Lunatic asylums Punjab 1881-1894 - 1881-1894
Year: 1881
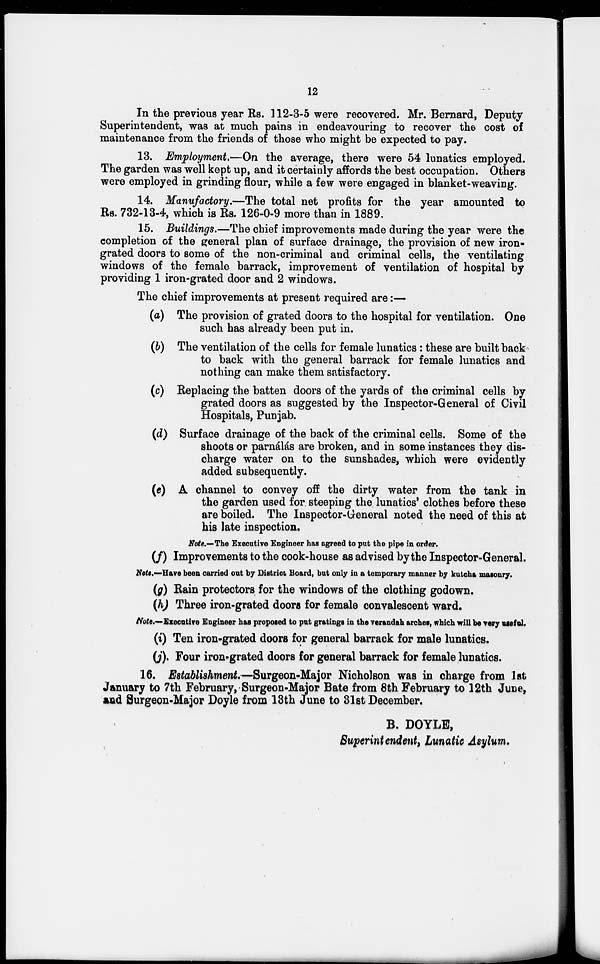
12
In the previous year Rs. 112-3-5 were recovered. Mr. Bernard, Deputy
Superintendent, was at much pains in endeavouring to recover the cost of
maintenance from the friends of those who might be expected to pay.
13. Employment.—On the average, there were 54 lunatics employed.
The garden was well kept up, and it certainly affords the best occupation. Others
were employed in grinding flour, while a few were engaged in blanket-weaving.
14. Manufactory.—The total net profits for the year amounted to
Rs. 732-13-4, which is Rs. 126-0-9 more than in 1889.
15. Buildings.—The chief improvements made during the year were the
completion of the general plan of surface drainage, the provision of new iron-
grated doors to some of the non-criminal and criminal cells, the ventilating
windows of the female barrack, improvement of ventilation of hospital by
providing 1 iron-grated door and 2 windows.
The chief improvements at present required are :—
(a) The provision of grated doors to the hospital for ventilation. One
such has already been put in.
(b) The ventilation of the cells for female lunatics: these are built back
to back with the general barrack for female lunatics and
nothing can make them satisfactory.
(c) Replacing the batten doors of the yards of the criminal cells by
grated doors as suggested by the Inspector-General of Civil
Hospitals, Punjab.
(d) Surface drainage of the back of the criminal cells. Some of the
shoots or parnálás are broken, and in some instances they dis-
charge water on to the sunshades, which were evidently
added subsequently.
(e) A channel to convey off the dirty water from the tank in
the garden used for steeping the lunatics' clothes before these
are boiled. The Inspector-General noted the need of this at
his late inspection.
Note.—The Executive Engineer has agreed to put the pipe in order.
(f) Improvements to the cook-house as advised by the Inspector-General.
Note.—Have been carried out by District Board, but only in a temporary manner by kutcha masonry.
(g) Rain protectors for the windows of the clothing godown.
(h) Three iron-grated doors for female convalescent ward.
Note.—Executive Engineer has proposed to put gratings in the verandah arches, which will be very useful.
(i) Ten iron-grated doors for general barrack for male lunatics.
(j). Four iron-grated doors for general barrack for female lunatics.
16. Establishment.—Surgeon-Major Nicholson was in charge from 1st
January to 7th February, Surgeon-Major Bate from 8th February to 12 th June,
and Surgeon-Major Doyle from 13th June to 31st December.
B. DOYLE,
Superintendent, Lunatic Asylum.